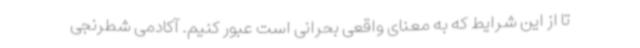
تا از این شرایط که به معنای واقعی بحرانی است عبور کنیم. آکادمی شطرنجی